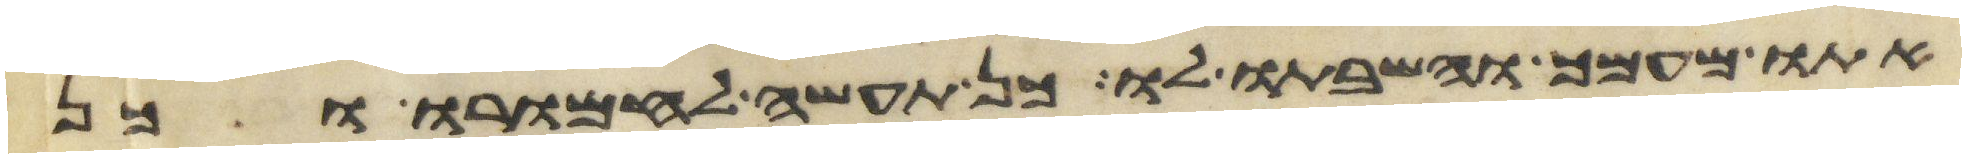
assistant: אתו מעמך והשבתו לו כן תעשה לחמרו וכן